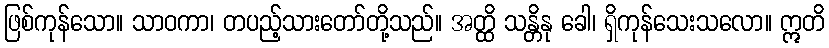
ဖြစ်ကုန်သော။ သာဝကာ၊ တပည့်သားတော်တို့သည်။ အတ္ထိ သန္တိနု ခေါ၊ ရှိကုန်သေးသလော။ ဣတိ